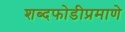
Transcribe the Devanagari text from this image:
शब्दफोडीप्रमाणे